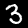
Digit: 3